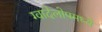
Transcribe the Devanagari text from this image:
ग्वादेलोपमध्ये